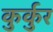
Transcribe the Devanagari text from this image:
कुर्कुर